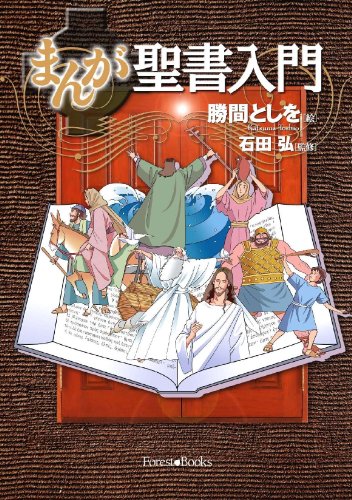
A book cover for Manga Introduction to the Bible; Hiroshi Ishida; Comics & Graphic Novels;